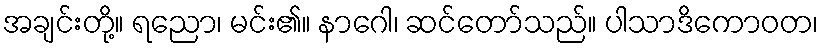
အချင်းတို့။ ရညော၊ မင်း၏။ နာဂေါ၊ ဆင်တော်သည်။ ပါသာဒိကောဝတ၊